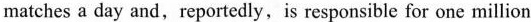
matches a day and, reportedly,is responsible for one million